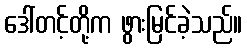
ဒေါ်တင့်တို့က ဖွားမြင်ခဲ့သည်။